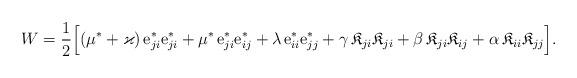
LaTeX: \begin{align*}W = \frac{1}{2}\Big[& (\mu^*+\varkappa)\, {\rm e}^* _{ji}{\rm e}^* _{ji}+ \mu^*\, {\rm e}^*_{ji} {\rm e}^*_{ij} +\lambda\, {\rm e}^*_{ii} {\rm e}^*_{jj} +\gamma \, \mathfrak{K}_{ji}\mathfrak{K}_{ji} +\beta\, \mathfrak{K}_{ji} \mathfrak{K}_{ij} + \alpha\, \mathfrak{K}_{ii} \mathfrak{K}_{jj} \Big].\end{align*}